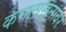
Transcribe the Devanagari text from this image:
कमलासनावर